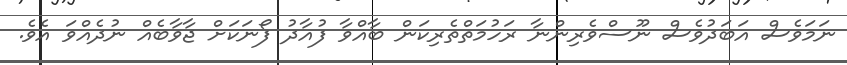
ނަމަވެސް އަބަދުވެސް ނޫސްވެރިންނާ ރަހުމަތްތެރިކަން ބާއްވާ ފުއާދު ފޯނަކަށް ޖާވާބެއް ނުދެއްވަ އެވެ.